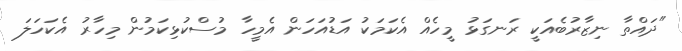
"ދައްތާ ނިޒާރުބެއަކީ ރަނގަޅު މީހެއް އެކަމަކު އަޑުއަހަން އެމީހާ މުސްކުޅިކަމުން މިހާރު އެކަހަލަ